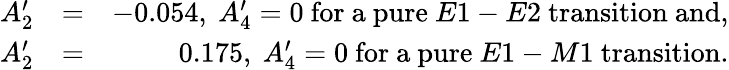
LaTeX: \begin{array}{rlr}{A_{2}^{\prime}}&{=}&{-0.054,\ A_{4}^{\prime}=0\ \mathrm{for\ a\ pure}\ E1-E2\mathrm{\ transition\ and,}}\\ {A_{2}^{\prime}}&{=}&{0.175,\ A_{4}^{\prime}=0\ \mathrm{for\ a\ pure}\ E1-M1\mathrm{\ transition.}}\end{array}